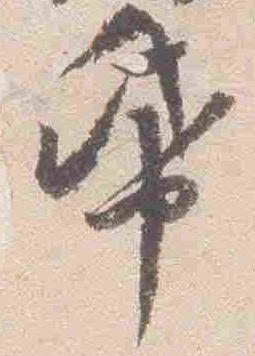
紙